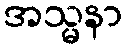
အသ္မနာ